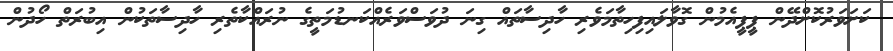
ކަށަވަރުކޮށްދޭން ޕީޕީއެމުން ގޮވާލައިފިހިތާމަވެރި ހާދިސާތައް ގިނަ ދުވަސްވަރެއްކަނޑުމަތީގެ ނުރައްކާތެރި ހާދިސާތަކުން އިބުރަތް ހޯދުން